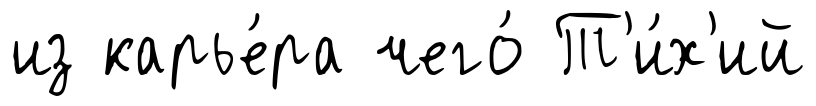
из карье́ра чего́ Т'и́х'ий